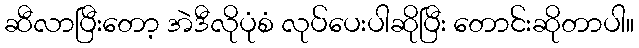
ဆီလာပြီးတော့ အဲဒီလိုပုံစံ လုပ်ပေးပါဆိုပြီး တောင်းဆိုတာပါ။